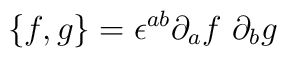
\{f,g\} = \epsilon^{ab}\partial_af~\partial_bg